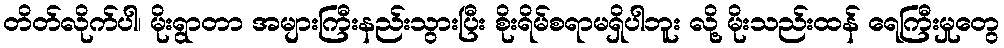
တိတ်လိုက်ပါ၊ မိုးရွာတာ အများကြီးနည်းသွားပြီး စိုးရိမ်စရာမရှိပါဘူး လို့ မိုးသည်းထန် ရေကြီးမှုတွေ